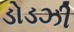
ડોડઝી